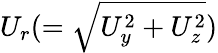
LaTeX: U_{r}(=\sqrt{U_{y}^{2}+U_{z}^{2}})